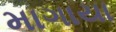
માગાયા